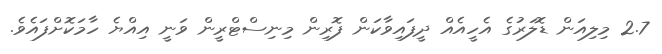
2.7 މިލިއަން ޑޮލަރުގެ އެހީއެއް ދީފައިވާކަން ފޮރިން މިނިސްޓްރީން ވަނީ އިއްޔެ ހާމަކޮށްފައެވެ.